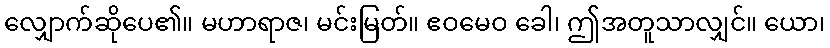
လျှောက်ဆိုပေ၏။ မဟာရာဇ၊ မင်းမြတ်။ ဧဝမေဝ ခေါ၊ ဤအတူသာလျှင်။ ယော၊